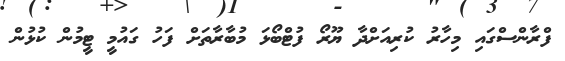
ފްރާންސްގައި މިހާރު ކުރިއަށްދާ ޔޫރޯ ފުޓްބޯޅަ މުބާރާތަށް ފަހު ގައުމީ ޓީމުން ކުޅުން